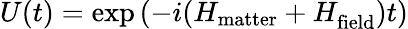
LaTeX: U(t)=\exp{(-i(H_{\mathrm{matter}}+H_{\mathrm{field}}^{})t)}